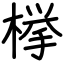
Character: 﨔